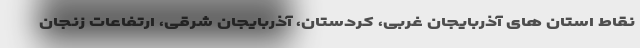
نقاط استان های آذربایجان غربی، کردستان، آذربایجان شرقی، ارتفاعات زنجان